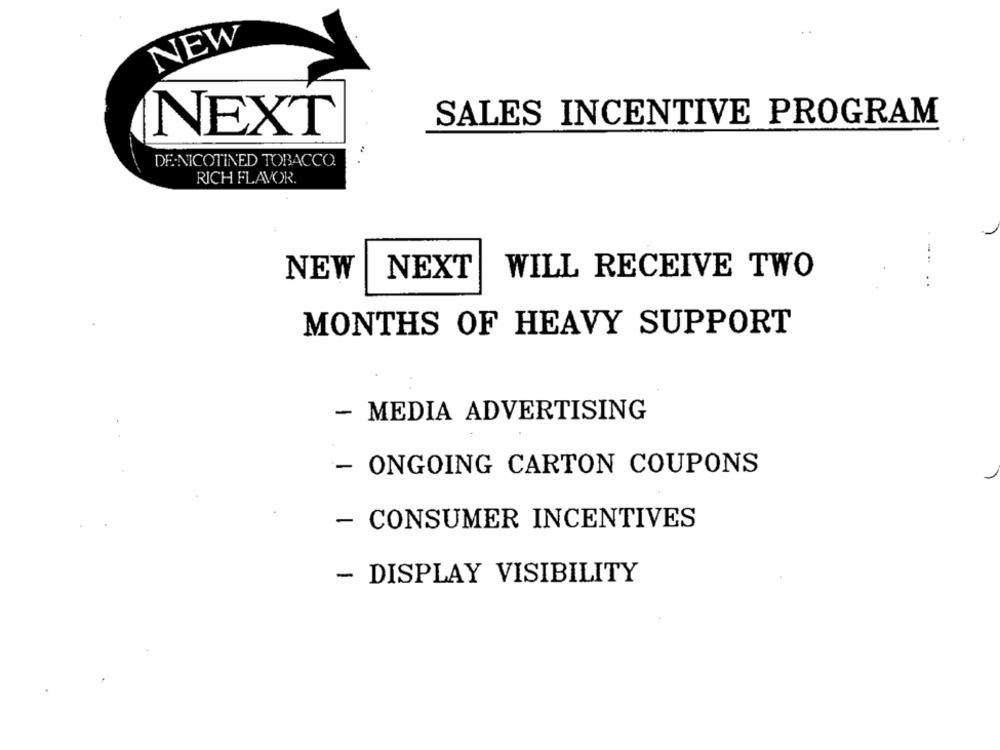
NEW
SALES INCENTIVE PROGRAM
NEXT
DE-NICOTINED TOBACCO.
RICH FLAVOR.
NEW
NEXT
WILL RECEIVE TWO
MONTHS OF HEAVY SUPPORT
- MEDIA ADVERTISING
- ONGOING CARTON COUPONS
- CONSUMER INCENTIVES
- DISPLAY VISIBILITY